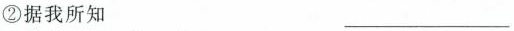
②据我所知 ___